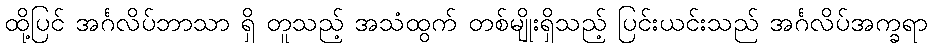
ထို့ပြင် အင်္ဂလိပ်ဘာသာ ရှိ တူသည့် အသံထွက် တစ်မျိုးရှိသည့် ပြင်းယင်းသည် အင်္ဂလိပ်အက္ခရာ